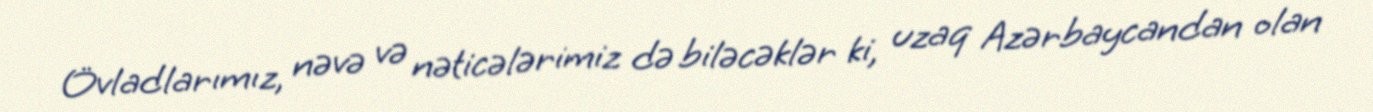
Övladlarımız, nəvə və nəticələrimiz də biləcəklər ki, uzaq Azərbaycandan olan